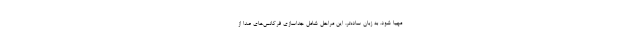
مهیا شود. به زبان ساده‌تر، این مراحل شامل جداسازی فرکانس‌های صدا از